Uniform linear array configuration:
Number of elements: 16
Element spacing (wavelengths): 1
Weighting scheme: hann
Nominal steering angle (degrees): -15
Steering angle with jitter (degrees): -14.961
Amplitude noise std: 0.05
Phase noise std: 0.05

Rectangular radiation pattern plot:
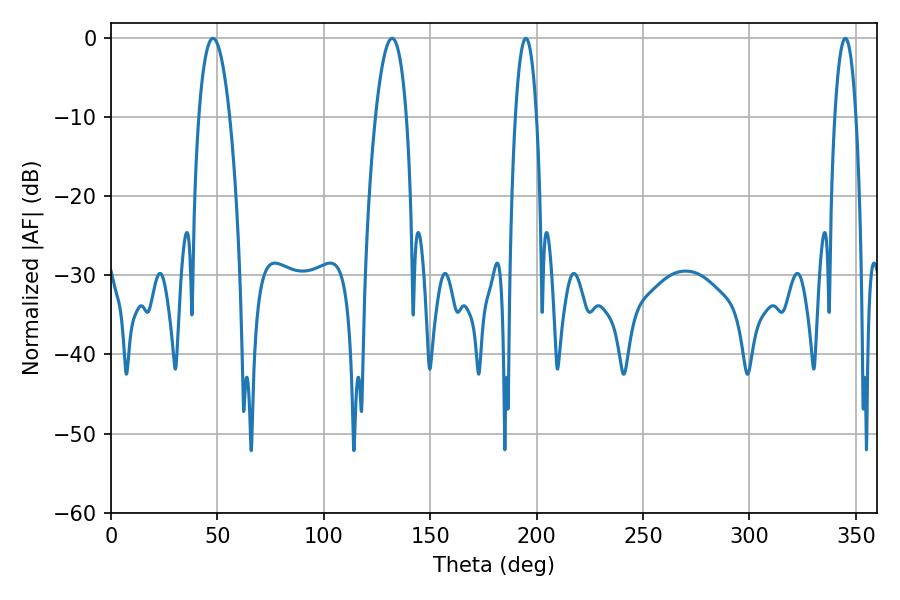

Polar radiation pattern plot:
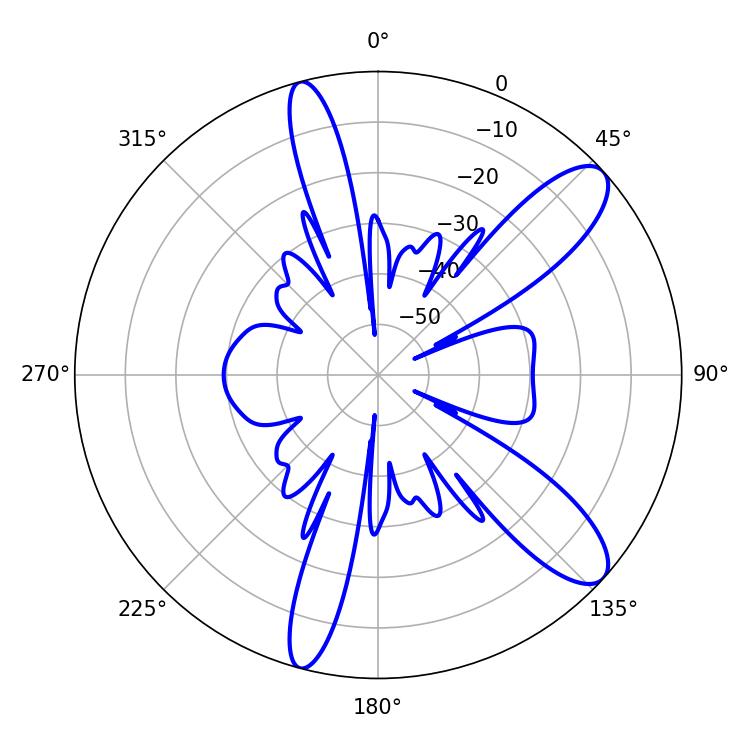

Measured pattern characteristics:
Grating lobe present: TRUE
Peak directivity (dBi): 10.671
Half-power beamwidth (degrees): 5.4
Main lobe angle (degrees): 345.06